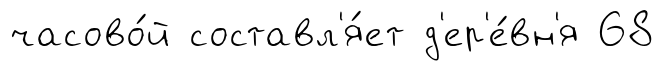
часово́й составл'я́ет д'ер'е́вн'я 68